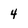
Character: 4